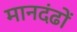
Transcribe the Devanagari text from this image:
मानदंढों